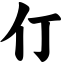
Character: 仃